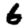
Digit: 6